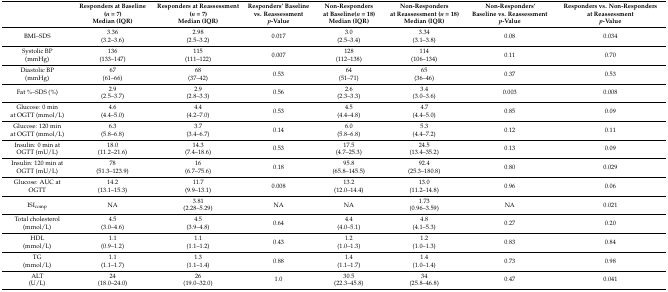
<table><thead><tr><td></td><td><b>Responders at Baseline(<i>n</i> = 7)Median (IQR)</b></td><td><b>Responders at Reassessment(<i>n</i> = 7)Median (IQR)</b></td><td><b>Responders’ Baseline vs. Reassessment<i>p</i>-Value</b></td><td><b>Non-Responders at Baseline(<i>n</i> = 18)Median (IQR)</b></td><td><b>Non-Responders at Reassessment (<i>n</i> = 18)Median (IQR)</b></td><td><b>Non-Responders’ Baseline vs. Reassessment<i>p</i>-Value</b></td><td><b>Responders vs. Non-Responders at Reassessment<i>p</i>-Value</b></td></tr></thead><tbody><tr><td>BMI–SDS</td><td>3.36(3.2–3.6)</td><td>2.98(2.5–3.2)</td><td>0.017 </td><td>3.0(2.5–3.4)</td><td>3.34(3.1–3.8)</td><td>0.08</td><td>0.034 </td></tr><tr><td>Systolic BP(mmHg)</td><td>136(133–147)</td><td>115(111–122)</td><td>0.007</td><td>128(112–138)</td><td>114(106–134)</td><td>0.11</td><td>0.70</td></tr><tr><td>Diastolic BP(mmHg)</td><td>67(61–66)</td><td>68(37–42)</td><td>0.53</td><td>64(51–71)</td><td>65(36–46)</td><td>0.37</td><td>0.53</td></tr><tr><td>Fat %–SDS (%)</td><td>2.9(2.5–3.7)</td><td>2.9(2.8–3.3)</td><td>0.56</td><td>2.6(2.3–3.3)</td><td>3.4(3.0–3.6)</td><td>0.003</td><td>0.008 </td></tr><tr><td>Glucose: 0 minat OGTT (mmol/L)</td><td>4.6(4.4–5.0)</td><td>4.4(4.2–7.0)</td><td>0.53</td><td>4.5(4.4–4.8)</td><td>4.7(4.4–5.0)</td><td>0.85</td><td>0.09</td></tr><tr><td>Glucose: 120 minat OGTT (mmol/L)</td><td>6.3(5.8–6.8)</td><td>3.7(3.4–6.7)</td><td>0.14</td><td>6.0(5.8–6.8)</td><td>5.3(4.4–7.2)</td><td>0.12</td><td>0.11</td></tr><tr><td>Insulin: 0 minat OGTT (mU/L)</td><td>18.0(11.2–21.6)</td><td>14.3(7.4–18.6)</td><td>0.53</td><td>17.5(4.7–25.3)</td><td>24.5(13.4–35.2)</td><td>0.13</td><td>0.09</td></tr><tr><td>Insulin: 120 min atOGTT (mU/L)</td><td>78(51.3–123.9)</td><td>16(6.7–75.6)</td><td>0.18</td><td>95.8(65.8–145.5)</td><td>92.4(25.3–180.8)</td><td>0.80</td><td>0.029</td></tr><tr><td>Glucose: AUC at OGTT</td><td>14.2(13.1–15.3)</td><td>11.7(9.9–13.1)</td><td>0.008</td><td>13.2(12.0–14.4)</td><td>13.0(11.2–14.8)</td><td>0.96</td><td>0.06</td></tr><tr><td>ISI<sub>comp</sub></td><td>NA</td><td>3.81(2.28–5.29)</td><td>NA</td><td>NA</td><td>1.73(0.96–3.59)</td><td>NA</td><td>0.021</td></tr><tr><td>Total cholesterol(mmol/L)</td><td>4.5(3.0–4.6)</td><td>4.5(3.9–4.8)</td><td>0.64</td><td>4.4(4.0–5.1)</td><td>4.8(4.1–5.3)</td><td>0.27</td><td>0.20</td></tr><tr><td>HDL(mmol/L)</td><td>1.1(0.9–1.2)</td><td>1.1(1.1–1.2)</td><td>0.43</td><td>1.2(1.0–1.3)</td><td>1.2(1.0–1.3)</td><td>0.83</td><td>0.84</td></tr><tr><td>TG(mmol/L)</td><td>1.1(1.1–1.7)</td><td>1.3(1.1–1.4)</td><td>0.88</td><td>1.4(1.1–1.7)</td><td>1.4(1.0–1.4)</td><td>0.73</td><td>0.98</td></tr><tr><td>ALT(U/L)</td><td>24(18.0–24.0)</td><td>26(19.0–32.0)</td><td>1.0</td><td>30.5(22.3–45.8)</td><td>34(25.8–46.8)</td><td>0.47</td><td>0.041</td></tr></tbody></table>